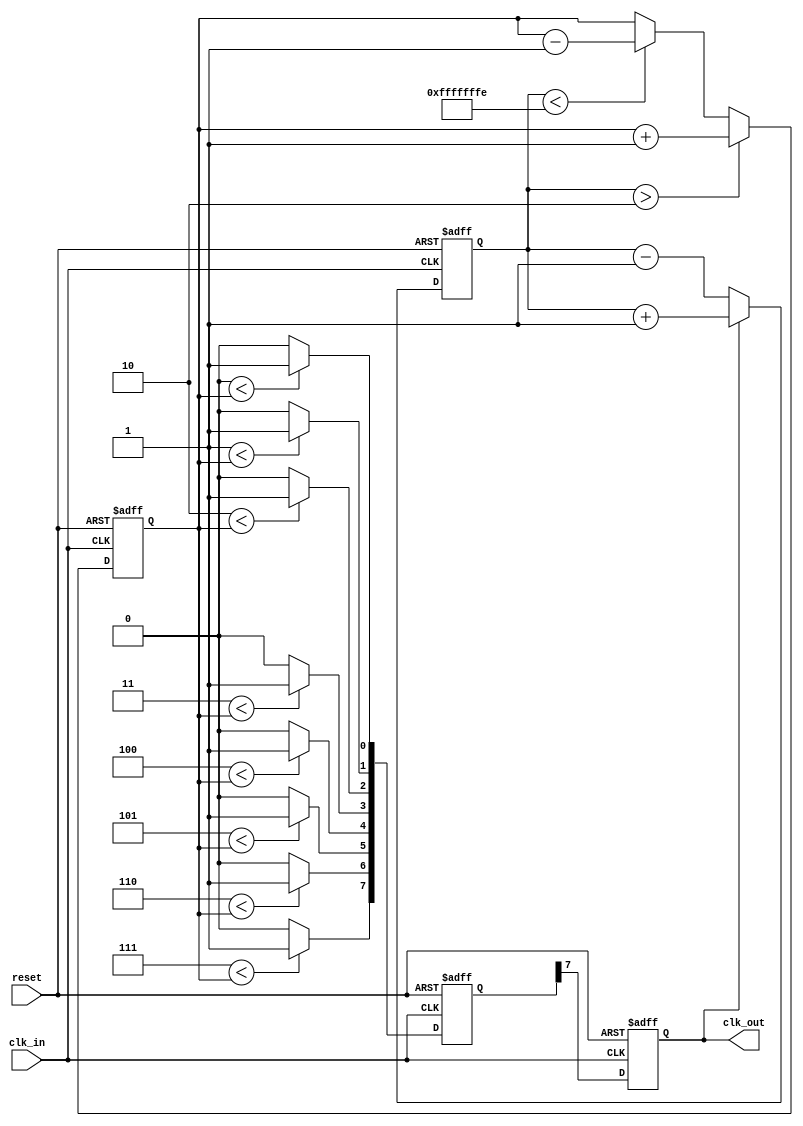
module DLL (
    input wire clk_in,               // Input clock
    input wire reset,                // Reset signal
    output reg clk_out               // Output clock
);

    // Parameters
    parameter NUM_DELAY_ELEMENTS = 8; // Number of delay elements
    parameter DELAY_INCREMENT = 1;     // Increment size for delay adjustment
    parameter LOCK_THRESHOLD = 2;       // Phase lock threshold

    // Internal signals
    reg [NUM_DELAY_ELEMENTS-1:0] delay_line; // Delay element states
    reg [2:0] phase_error; // Phase error signal
    reg [2:0] control_signal; // Control signal to adjust delay
    integer i;

    // Phase Detector
    always @(posedge clk_in or posedge reset) begin
        if (reset) begin
            phase_error <= 0;
        end else begin
            // Compare phase of input and output clock
            // Assuming a simple model for phase detection
            // Note: This is a simplified example
            phase_error <= (clk_out == 1'b1) ? (phase_error + 1) : (phase_error - 1);
        end
    end

    // Control Logic
    always @(posedge clk_in or posedge reset) begin
        if (reset) begin
            control_signal <= 0;
        end else begin
            // Adjust control signal based on phase error
            if (phase_error > LOCK_THRESHOLD) begin
                control_signal <= control_signal + DELAY_INCREMENT; // Increase delay
            end else if (phase_error < -LOCK_THRESHOLD) begin
                control_signal <= control_signal - DELAY_INCREMENT; // Decrease delay
            end
        end
    end

    // Delay Line
    always @(posedge clk_in or posedge reset) begin
        if (reset) begin
            delay_line <= 0;
            clk_out <= 0;
        end else begin
            // Shift delay elements based on control signal
            for (i = 0; i < NUM_DELAY_ELEMENTS; i = i + 1) begin
                if (i < control_signal) begin
                    delay_line[i] <= 1'b1; // Enable delay elements up to control signal
                end else begin
                    delay_line[i] <= 1'b0; // Disable remaining delay elements
                end
            end
            // Generate the output clock signal based on the last element of delay line
            clk_out <= delay_line[NUM_DELAY_ELEMENTS-1];
        end
    end

    // Output Buffer (Not implemented in detail, but typically used to isolate output)
    // In practice, this would be implemented with specific buffer logic for signal integrity.

endmodule